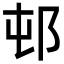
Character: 邨